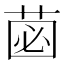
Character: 𮏗